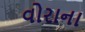
વોરાના